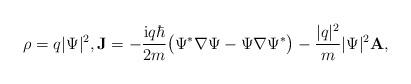
LaTeX: \begin{align*}\rho = q|\Psi|^{2}, \mathbf{J} = -\frac{\mathrm{i}q\hbar}{2m}\big(\Psi^{\ast}\nabla{\Psi}-\Psi\nabla{\Psi}^{\ast}\big)-\frac{\vert q\vert^{2}}{m}\vert\Psi\vert^{2}\mathbf{A},\end{align*}